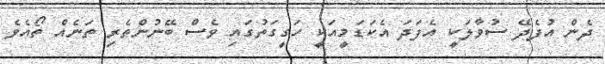
ދެން އުފެދޭ ސުވާލަކީ އެފަދަ އެކަޑަމީއަކީ ހަގީގަތުގައި ވެސް ބޭނުންތެރި ތަނެއް ތޯއެވެ